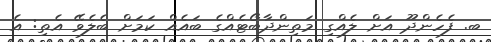
ބ. ފެހެންދޫ އަށް ލެއްގި މަތިންދާބޯޓެއްގެ ބައެއް ކަމަށް ބެލެވޭ އެތި: އެ